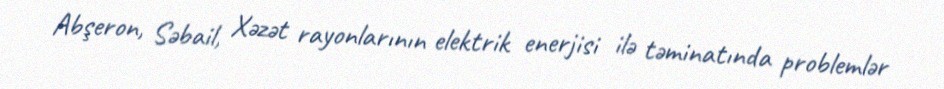
Abşeron, Sәbail, Xәzәt rayonlarının elektrik enerjisi ilә tәminatında problemlәr